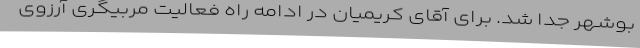
بوشهر جدا شد. برای آقای کریمیان در ادامه راه فعالیت مربیگری آرزوی